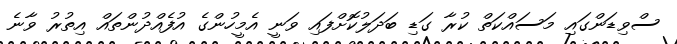
ސްވިޑަންގައި މަސައްކަތް ކުރާ ގަޑި ބަދަލުކޮށްފައި ވަނީ އެމީހުންގެ އުފެއްދުންތައް އިތުރު ވާނެ